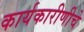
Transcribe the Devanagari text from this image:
कार्यकारीणीचे